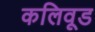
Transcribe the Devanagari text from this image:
कलिवूड